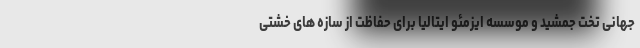
جهانی تخت جمشید و موسسه ایزمئو ایتالیا برای حفاظت از سازه های خشتی